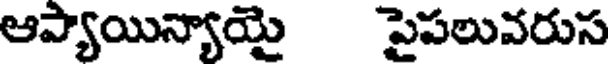
ఆప్యాయిన్యాయై పైపలువరుస